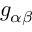
g _ { \alpha \beta }